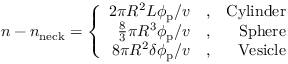
n - n _ { \mathrm { n e c k } } = \left\{ \begin{array} { r l r } { 2 \pi R ^ { 2 } L \phi _ { \mathrm { p } } / v } & { { } , } & { \mathrm { C y l i n d e r } } \\ { \frac { 8 } { 3 } \pi R ^ { 3 } \phi _ { \mathrm { p } } / v } & { { } , } & { \mathrm { S p h e r e } } \\ { 8 \pi R ^ { 2 } \delta \phi _ { \mathrm { p } } / v } & { { } , } & { \mathrm { V e s i c l e } } \end{array} \right.